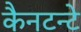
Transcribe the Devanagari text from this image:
कैनटन्टे